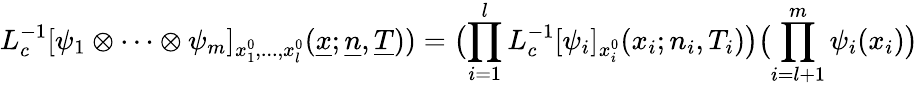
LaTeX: L_{c}^{-1}[\psi_{1}\otimes\cdots\otimes\psi_{m}]_{x_{1}^{0},...,x_{l}^{0}}(\underline{{{x}}};\underline{{{n}}},\underline{{{T}}}))=\bigl(\prod_{i=1}^{l}L_{c}^{-1}[\psi_{i}]_{x_{i}^{0}}(x_{i};n_{i},T_{i})\bigr)\bigl(\prod_{i=l+1}^{m}\psi_{i}(x_{i})\bigr)